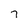
Character: 7